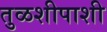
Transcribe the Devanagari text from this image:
तुळशीपाशी